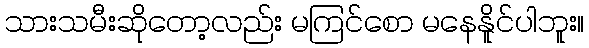
သားသမီးဆိုတော့လည်း မကြင်စော မနေနိူင်ပါဘူး။